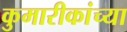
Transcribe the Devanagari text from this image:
कुमारीकांच्या